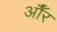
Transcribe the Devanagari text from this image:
औँर